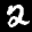
Label: 2